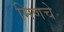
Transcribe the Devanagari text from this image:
मिणचे